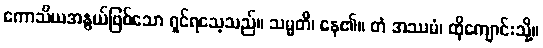
ကောသိယအနွယ်ဖြစ်သော ရှင်ရသေ့သည်။ သမ္မတိ၊ နေ၏။ တံ အဿမံ၊ ထိုကျောင်းသို့။